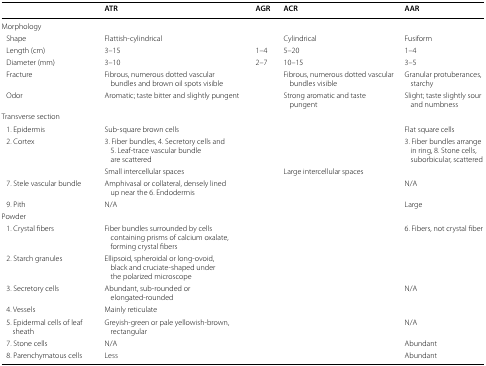
<table><thead><tr><td></td><td><b>ATR</b></td><td><b>AGR</b></td><td><b>ACR</b></td><td><b>AAR</b></td></tr></thead><tbody><tr><td colspan="5">Morphology</td></tr><tr><td> Shape</td><td colspan="2">Flattish-cylindrical</td><td>Cylindrical</td><td>Fusiform</td></tr><tr><td> Length (cm)</td><td>3–15</td><td>1–4</td><td>5–20</td><td>1–4</td></tr><tr><td> Diameter (mm)</td><td>3–10</td><td>2–7</td><td>10–15</td><td>3–5</td></tr><tr><td> Fracture</td><td colspan="2">Fibrous, numerous dotted vascular bundles and brown oil spots visible</td><td>Fibrous, numerous dotted vascular bundles visible</td><td>Granular protuberances, starchy</td></tr><tr><td> Odor</td><td colspan="2">Aromatic; taste bitter and slightly pungent</td><td>Strong aromatic and taste pungent</td><td>Slight; taste slightly sour and numbness</td></tr><tr><td colspan="5">Transverse section</td></tr><tr><td> 1. Epidermis</td><td colspan="3">Sub-square brown cells</td><td>Flat square cells</td></tr><tr><td rowspan="2"> 2. Cortex</td><td colspan="3">3. Fiber bundles, 4. Secretory cells and 5. Leaf-trace vascular bundle are scattered</td><td rowspan="2">3. Fiber bundles arrange in ring, 8. Stone cells, suborbicular, scattered</td></tr><tr><td colspan="2">Small intercellular spaces</td><td>Large intercellular spaces</td></tr><tr><td> 7. Stele vascular bundle</td><td colspan="3">Amphivasal or collateral, densely lined up near the 6. Endodermis</td><td>N/A</td></tr><tr><td> 9. Pith</td><td colspan="3">N/A</td><td>Large</td></tr><tr><td colspan="5">Powder</td></tr><tr><td> 1. Crystal fibers</td><td colspan="3">Fiber bundles surrounded by cells containing prisms of calcium oxalate, forming crystal fibers</td><td>6. Fibers, not crystal fiber</td></tr><tr><td> 2. Starch granules</td><td colspan="4">Ellipsoid, spheroidal or long-ovoid, black and cruciate-shaped under the polarized microscope</td></tr><tr><td> 3. Secretory cells</td><td colspan="3">Abundant, sub-rounded or elongated-rounded</td><td>N/A</td></tr><tr><td> 4. Vessels</td><td colspan="4">Mainly reticulate</td></tr><tr><td> 5. Epidermal cells of leaf sheath</td><td colspan="3">Greyish-green or pale yellowish-brown, rectangular</td><td>N/A</td></tr><tr><td> 7. Stone cells</td><td colspan="3">N/A</td><td>Abundant</td></tr><tr><td> 8. Parenchymatous cells</td><td colspan="3">Less</td><td>Abundant</td></tr></tbody></table>